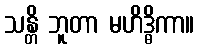
သန္တိ ဘူတာ မဟိဒ္ဓိကာ။